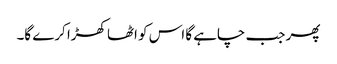
پھر جب چاہے گا اس کو اٹھا کھڑا کرے گا۔